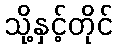
သို့နှင့်တိုင်